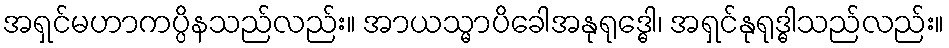
အရှင်မဟာကပ္ပိနသည်လည်း။ အာယသ္မာပိခေါအနုရုဒ္ဓေါ၊ အရှင်နုရုဒ္ဓါသည်လည်း။